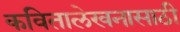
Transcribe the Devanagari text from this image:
कवितालेखनासाठी